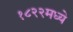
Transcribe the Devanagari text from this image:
१८२२मध्ये